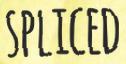
SPLICED